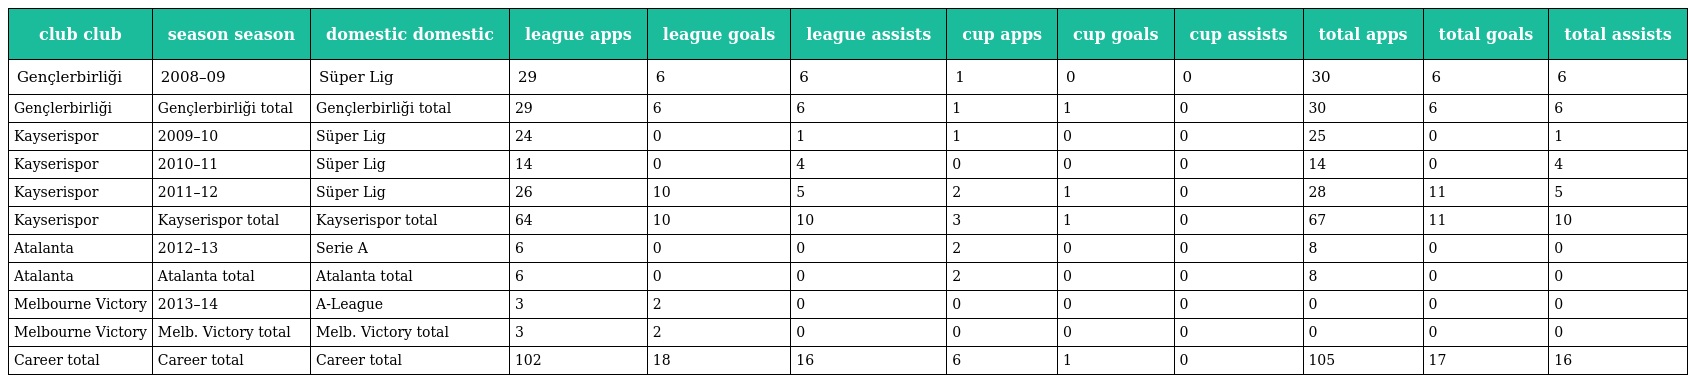
| club club | season season | domestic domestic | league apps | league goals | league assists | cup apps | cup goals | cup assists | total apps | total goals | total assists |
 | --- | --- | --- | --- | --- | --- | --- | --- | --- | --- | --- | --- |
 | Gençlerbirliği | 2008–09 | Süper Lig | 29 | 6 | 6 | 1 | 0 | 0 | 30 | 6 | 6 |
 | Gençlerbirliği | Gençlerbirliği total | Gençlerbirliği total | 29 | 6 | 6 | 1 | 1 | 0 | 30 | 6 | 6 |
 | Kayserispor | 2009–10 | Süper Lig | 24 | 0 | 1 | 1 | 0 | 0 | 25 | 0 | 1 |
 | Kayserispor | 2010–11 | Süper Lig | 14 | 0 | 4 | 0 | 0 | 0 | 14 | 0 | 4 |
 | Kayserispor | 2011–12 | Süper Lig | 26 | 10 | 5 | 2 | 1 | 0 | 28 | 11 | 5 |
 | Kayserispor | Kayserispor total | Kayserispor total | 64 | 10 | 10 | 3 | 1 | 0 | 67 | 11 | 10 |
 | Atalanta | 2012–13 | Serie A | 6 | 0 | 0 | 2 | 0 | 0 | 8 | 0 | 0 |
 | Atalanta | Atalanta total | Atalanta total | 6 | 0 | 0 | 2 | 0 | 0 | 8 | 0 | 0 |
 | Melbourne Victory | 2013–14 | A-League | 3 | 2 | 0 | 0 | 0 | 0 | 0 | 0 | 0 |
 | Melbourne Victory | Melb. Victory total | Melb. Victory total | 3 | 2 | 0 | 0 | 0 | 0 | 0 | 0 | 0 |
 | Career total | Career total | Career total | 102 | 18 | 16 | 6 | 1 | 0 | 105 | 17 | 16 |